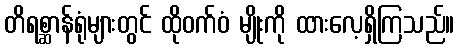
တိရစ္ဆာန်ရုံများတွင် ထိုဝက်ဝံ မျိုးကို ထားလေ့ရှိကြသည်။